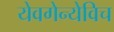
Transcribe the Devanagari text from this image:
येवगेन्येविच